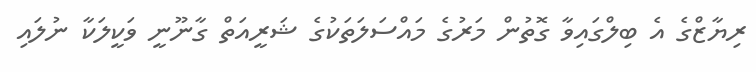
ރިޔާޒްގެ އެ ބިލްގައިވާ ގޮތުން މަރުގެ މައްސަލަތަކުގެ ޝަރީއަތް ގާނޫނީ ވަކީލަކާ ނުލައި